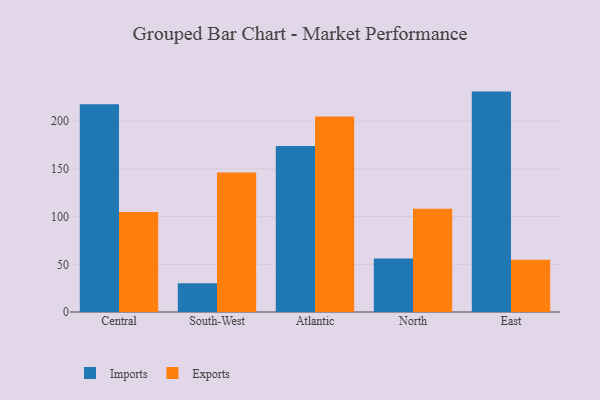
{"axis": {"x": "Region", "y": "Churn Rate (%)"}, "legend": ["Exports", "Imports"], "data": [{"x": "Central", "y": 217.8, "type": "Imports"}, {"x": "Central", "y": 104.8, "type": "Exports"}, {"x": "South-West", "y": 30.1, "type": "Imports"}, {"x": "South-West", "y": 146.3, "type": "Exports"}, {"x": "Atlantic", "y": 174.1, "type": "Imports"}, {"x": "Atlantic", "y": 204.9, "type": "Exports"}, {"x": "North", "y": 56.0, "type": "Imports"}, {"x": "North", "y": 108.2, "type": "Exports"}, {"x": "East", "y": 231.1, "type": "Imports"}, {"x": "East", "y": 54.7, "type": "Exports"}]}